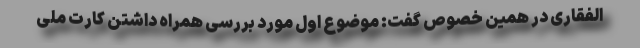
الفقاری در همین خصوص گفت: موضوع اول مورد بررسی همراه داشتن کارت ملی